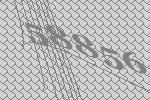
58856